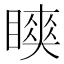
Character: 𬑨